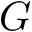
G